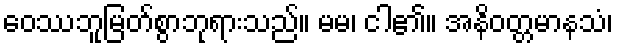
ဝေဿဘူမြတ်စွာဘုရားသည်။ မမ၊ ငါ၏။ အနိဝတ္တမာနသံ၊